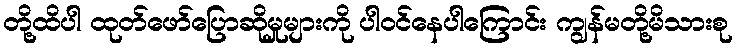
တို့ထိပါ ထုတ်ဖော်ပြောဆိုမှုများကို ပါဝင်နေပါကြောင်း ကျွန်မတို့မိသားစု